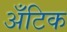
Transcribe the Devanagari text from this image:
अँटिक